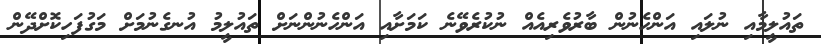
ތައުލީމާއި ނުލައި އަންހެނުން ބާރުވެރިއެއް ނުކުރެވޭނެ ކަމަށާއި އަންހެނުންނަށް ތައުލީމު އުނގެނުމަށް މަގުފަހިކޮށްދޭން